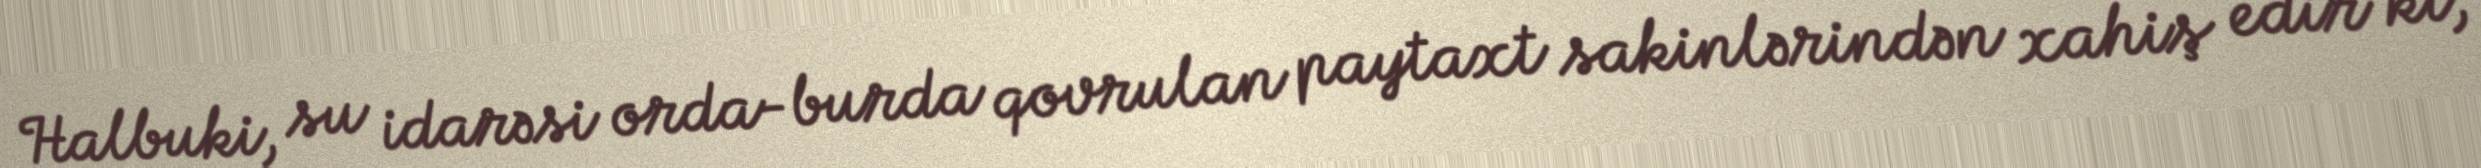
Halbuki, su idarəsi orda-burda qovrulan paytaxt sakinlərindən xahiş edir ki,